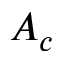
A _ { c }